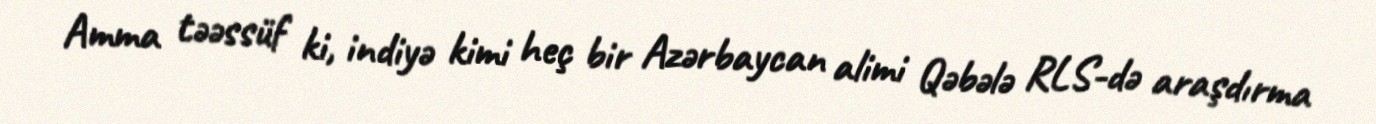
Amma təəssüf ki, indiyə kimi heç bir Azərbaycan alimi Qəbələ RLS-də araşdırma